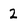
Character: 2